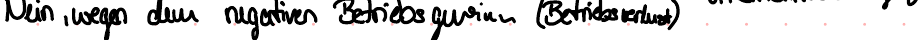
Nein, wegen dem negativen Betriebsgewinn (Betriebsverlust)